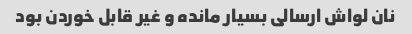
نان لواش ارسالی بسیار مانده و غیر قابل خوردن بود